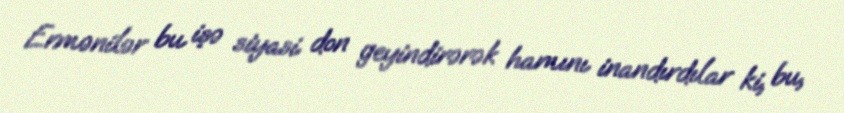
Ermənilər bu işə siyasi don ge­yin­di­rə­rək hamını inandırdılar ki, bu,